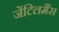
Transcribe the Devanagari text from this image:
जेंटिलमैंस